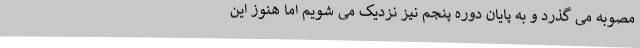
مصوبه می گذرد و به پایان دوره پنجم نیز نزدیک می شویم اما هنوز این